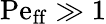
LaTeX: \mathrm{Pe_{ff}}\gg 1